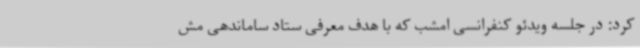
کرد: در جلسه ویدئو کنفرانسی امشب که با هدف معرفی ستاد ساماندهی مش